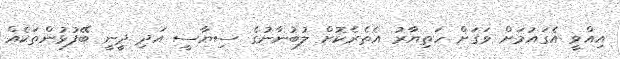
އިއްވީ އެގައުމަށް ވަގަށް ހަތިޔާރު އެތެރެކޮށް ލުބުނާނުގެ ސިޔާސީ އަދި ދީނީ ބޭފުޅުންތަކެއް